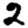
Digit: 2